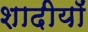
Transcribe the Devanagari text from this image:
शादीयाॅं